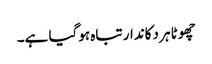
چھوٹا ہر دکاندار تباہ ہوگیا ہے۔